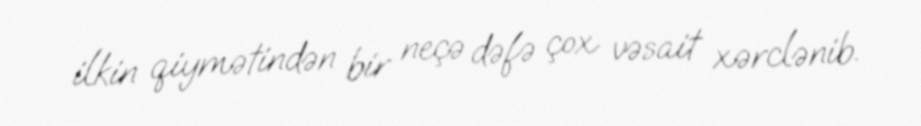
ilkin qiymətindən bir neçə dəfə çox vəsait xərclənib.